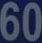
60